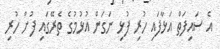
އެ ސައިފަތް އަޅާފައި ހުރި ފުޅި ނަގަން އުޅުމުގެ ތެރޭގައި ފުށް ހުރި